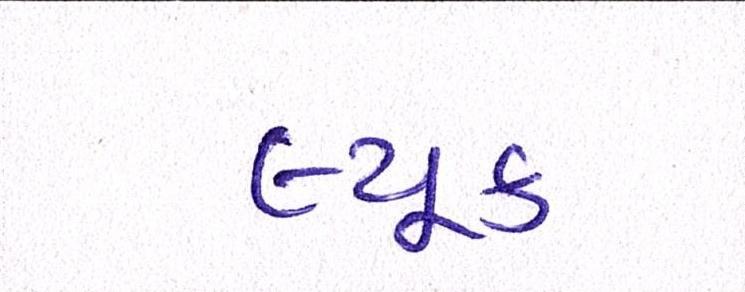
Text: લ્યૂક